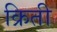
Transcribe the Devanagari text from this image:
क्रिती